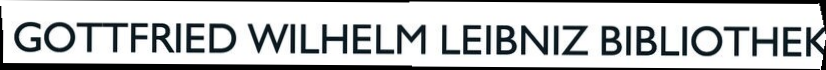
GOTTFRIED WILHELM LEIBNIZ BIBLIOTHEK